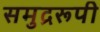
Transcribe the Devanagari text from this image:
समुद्ररूपी